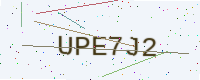
Text: UPE7J2